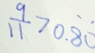
\frac { 9 } { 1 1 } > 0 . \dot { 8 } \dot { 0 }